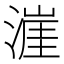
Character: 漄